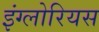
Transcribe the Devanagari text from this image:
इंग्लोरियस